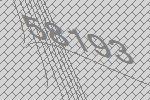
58193